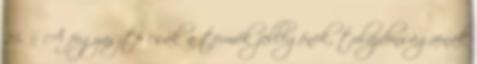
25. § A fogyasztó csak a termék jellegének, tulajdonságainak